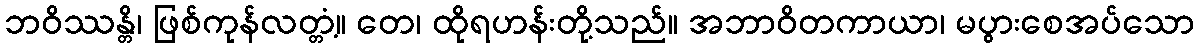
ဘဝိဿန္တိ၊ ဖြစ်ကုန်လတ္တံ့။ တေ၊ ထိုရဟန်းတို့သည်။ အဘာဝိတကာယာ၊ မပွားစေအပ်သော